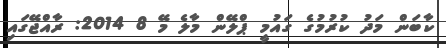
ކާބަން މަދު ކުރުމުގެ ގައުމީ ޕްލޭން މާލެ މޭ 8 2014: ރާއްޖޭގައި